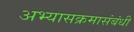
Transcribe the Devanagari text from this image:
अभ्यासक्रमासंबंधी